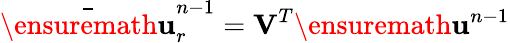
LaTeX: \bar{\ensuremath{\mathbf{u}}}_{r}^{n-1}=\mathbf{V}^{T}\ensuremath{\mathbf{u}}^{n-1}